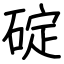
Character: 碇